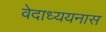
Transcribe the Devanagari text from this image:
वेदाध्ययनास